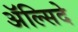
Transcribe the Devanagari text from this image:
अॅल्सिदे